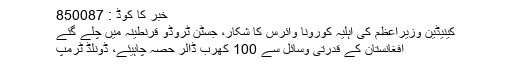
خبر کا کوڈ : 850087
کینیڈین وزیراعظم کی اہلیہ کورونا وائرس کا شکار، جسٹن ٹروڈو قرنطینہ میں چلے گئے
افغانستان کے قدرتی وسائل سے 100 کھرب ڈالر حصہ چاہیئے، ڈونلڈ ٹرمپ